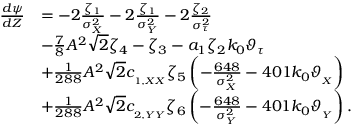
\begin{array} { r l } { \frac { d \psi } { d Z } } & { = - 2 \frac { \zeta _ { 1 } } { \sigma _ { _ X } ^ { 2 } } - 2 \frac { \zeta _ { 1 } } { \sigma _ { _ Y } ^ { 2 } } - 2 \frac { \zeta _ { 2 } } { \sigma _ { \tau } ^ { 2 } } } \\ & { - \frac { 7 } { 8 } A ^ { 2 } \sqrt { 2 } \zeta _ { 4 } - \zeta _ { 3 } - a _ { 1 } \zeta _ { 2 } k _ { 0 } \vartheta _ { \tau } } \\ & { + \frac { 1 } { 2 8 8 } A ^ { 2 } \sqrt { 2 } c _ { _ { 1 , X X } } \zeta _ { 5 } \left( - \frac { 6 4 8 } { \sigma _ { _ X } ^ { 2 } } - 4 0 1 k _ { 0 } \vartheta _ { _ { X } } \right) } \\ & { + \frac { 1 } { 2 8 8 } A ^ { 2 } \sqrt { 2 } c _ { _ { 2 , Y Y } } \zeta _ { 6 } \left( - \frac { 6 4 8 } { \sigma _ { _ Y } ^ { 2 } } - 4 0 1 k _ { 0 } \vartheta _ { _ { Y } } \right) . } \end{array}